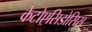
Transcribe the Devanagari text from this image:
केटोएसिडोसिस